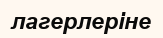
лагерлеріне